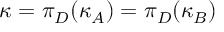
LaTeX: \kappa = \pi _ { D } ( \kappa _ { A } ) = \pi _ { D } ( \kappa _ { B } )